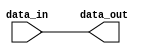
module open_drain_buffer (
    input wire data_in,
    output reg data_out
);

assign data_out = data_in;

endmodule